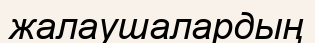
жалаушалардың